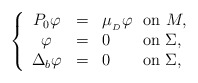
\begin{align*}\left \{ \begin{array}{ccl}P_{0}\varphi & = & \mu _{_{D}}\varphi \ \ \mathrm{on\ }M, \\ \varphi & = & 0\ \ \ \ \ \ \mathrm{on\ }\Sigma , \\ \Delta _{b}\varphi & = & 0\ \ \ \ \ \ \mathrm{on}\ \Sigma ,\end{array}\right. \end{align*}